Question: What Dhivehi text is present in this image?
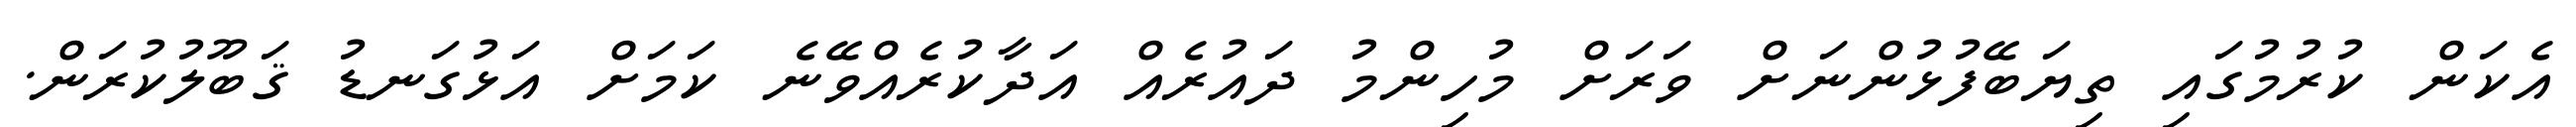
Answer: އެކަން ކުރުމުގައި ތިޔަބޭފުޅުންނަށް ވަރަށް މުހިންމު ދައުރެއް އަދާކުރެއްވޭނެ ކަމަށް އަޅުގަނޑު ޤަބޫލުކުރަން.